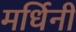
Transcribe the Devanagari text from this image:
मर्धिनी